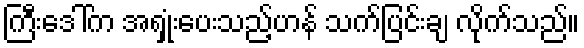
ကြီးဒေါ်က အရှုံးပေးသည့်ဟန် သက်ပြင်းချ လိုက်သည်။